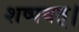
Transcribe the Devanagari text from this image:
शष्पवत्‌।